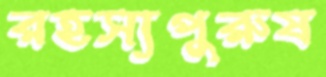
রহস্যপুরুষ